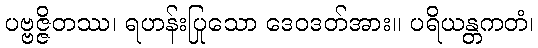
ပဗ္ဗဇ္ဇိတဿ၊ ရဟန်းပြုသော ဒေဝဒတ်အား။ ပရိယန္တကတံ၊